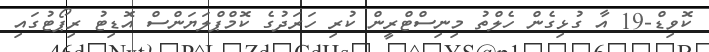
ކޮވިޑް-19 އާ ގުޅިގެން ހެލްތު މިނިސްޓްރީން ކުރި ހަރަދުގެ ކޮމްޕްލަޔަންސް އޮޑިޓު ރިޕޯޓުގައި